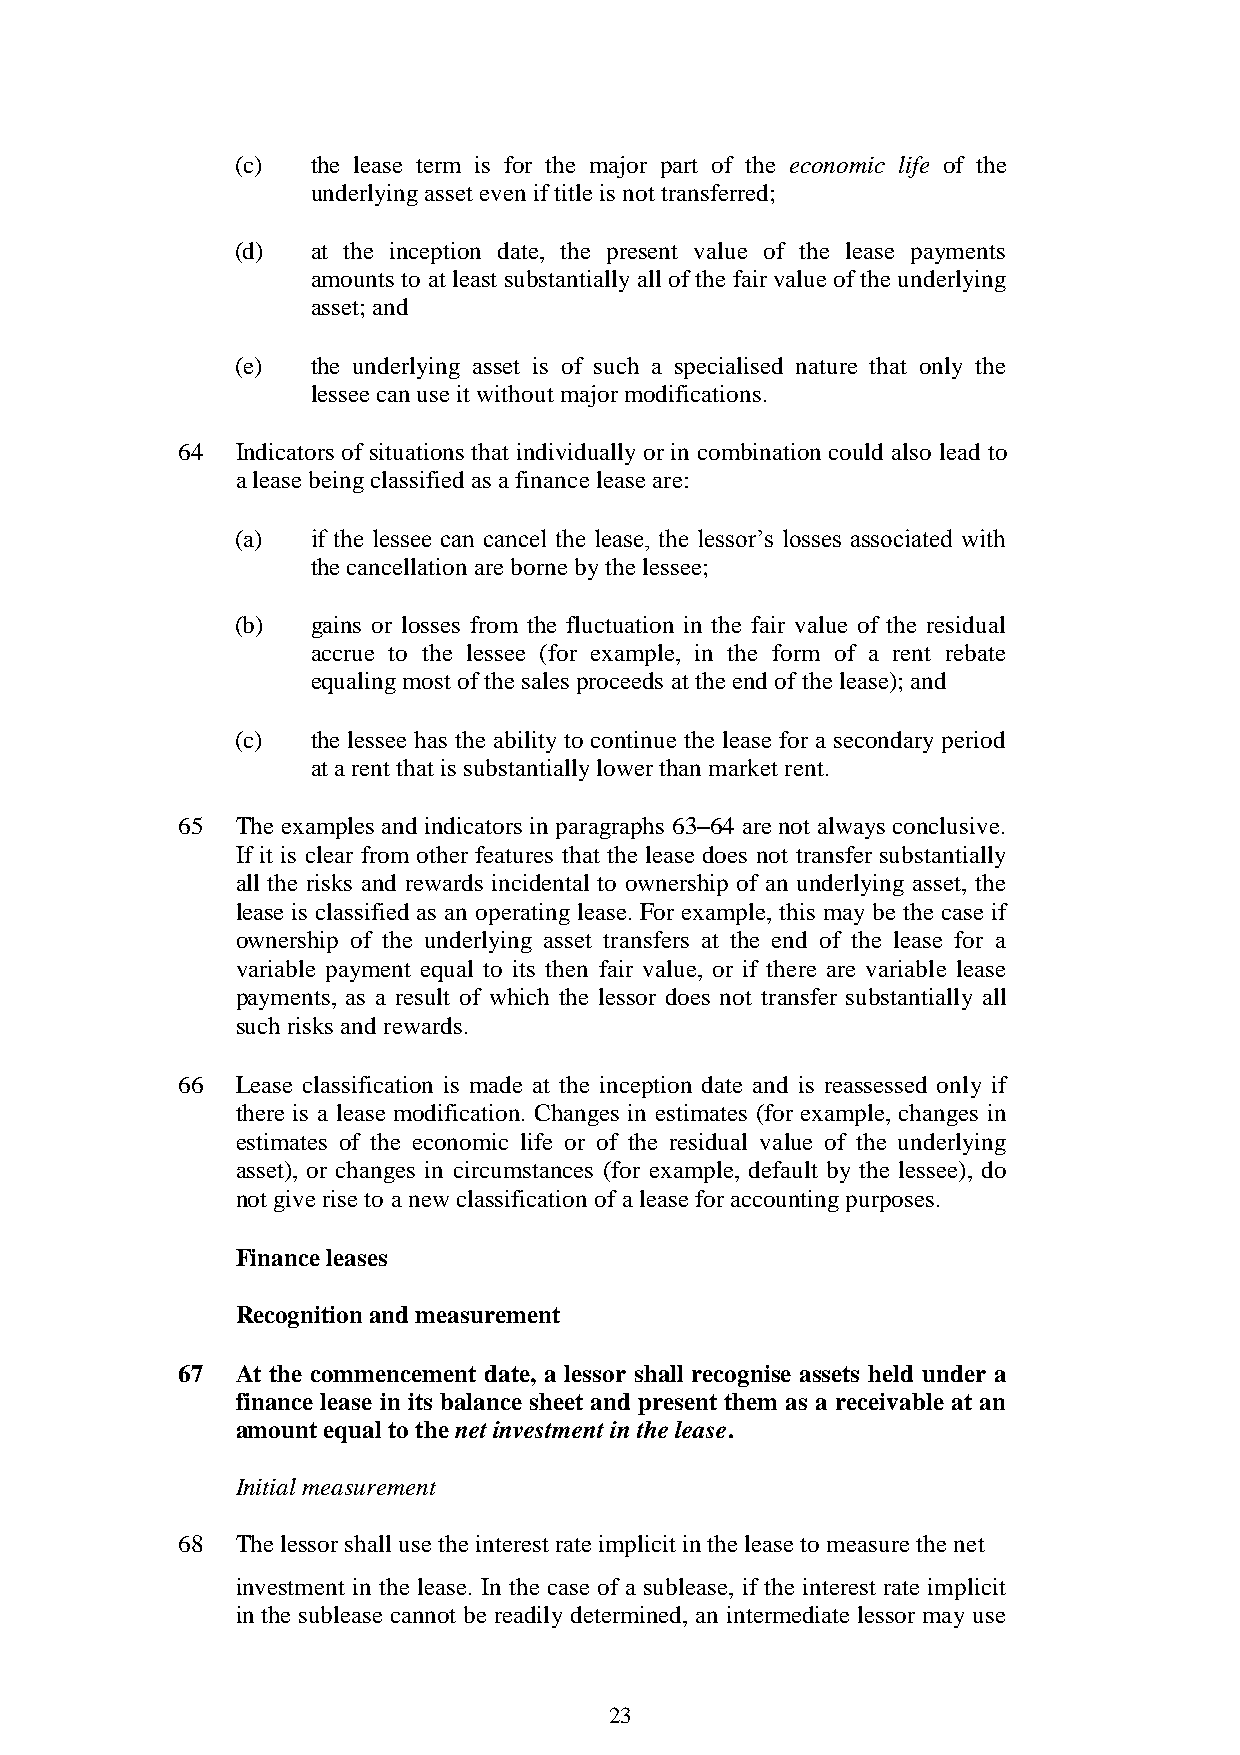
(c)  the lease term is for the major part of the economic life of the
 underlying asset even if title is not transferred;
 (d)  at the inception date, the present value of the lease payments
 amounts to at least substantially all of the fair value of the underlying
 asset; and
 (e)  the underlying asset is of such a specialised nature that only the
 lessee can use it without major modifications.
 64  Indicators of situations that individually or in combination could also lead to
 a lease being classified as a finance lease are:
 (a)  if the lessee can cancel the lease, the lessor’s losses associated with
 the cancellation are borne by the lessee;
 (b)  gains or losses from the fluctuation in the fair value of the residual
 accrue to the lessee (for example, in the form of a rent rebate
 equaling most of the sales proceeds at the end of the lease); and
 (c)  the lessee has the ability to continue the lease for a secondary period
 at a rent that is substantially lower than market rent.
 65  The examples and indicators in paragraphs 63–64 are not always conclusive.
 If it is clear from other features that the lease does not transfer substantially
 all the risks and rewards incidental to ownership of an underlying asset, the
 lease is classified as an operating lease. For example, this may be the case if
 ownership of the underlying asset transfers at the end of the lease for a
 variable payment equal to its then fair value, or if there are variable lease
 payments, as a result of which the lessor does not transfer substantially all
 such risks and rewards.
 66  Lease classification is made at the inception date and is reassessed only if
 there is a lease modification. Changes in estimates (for example, changes in
 estimates of the economic life or of the residual value of the underlying
 asset), or changes in circumstances (for example, default by the lessee), do
 not give rise to a new classification of a lease for accounting purposes.
 Finance leases
 Recognition and measurement
 67  At the commencement date, a lessor shall recognise assets held under a
 finance lease in its balance sheet and present them as a receivable at an
 amount equal to the net investment in the lease.
 Initial measurement
 68  The lessor shall use the interest rate implicit in the lease to measure the net
 investment in the lease. In the case of a sublease, if the interest rate implicit
 in the sublease cannot be readily determined, an intermediate lessor may use
 23